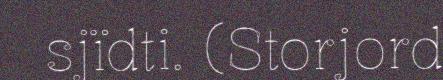
sjïdti. (Storjord